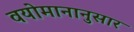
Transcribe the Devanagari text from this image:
वयोमानानुसार